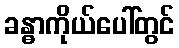
ခန္ဓာကိုယ်ပေါ်တွင်